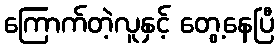
ကြောက်တဲ့လူနှင့် တွေ့နေပြီ